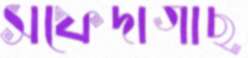
সফেদাগাছ